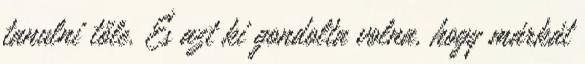
tanulni tőle. És azt ki gondolta volna, hogy márkát